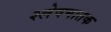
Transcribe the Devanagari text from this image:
श्लेषमातक